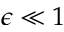
\epsilon \ll 1